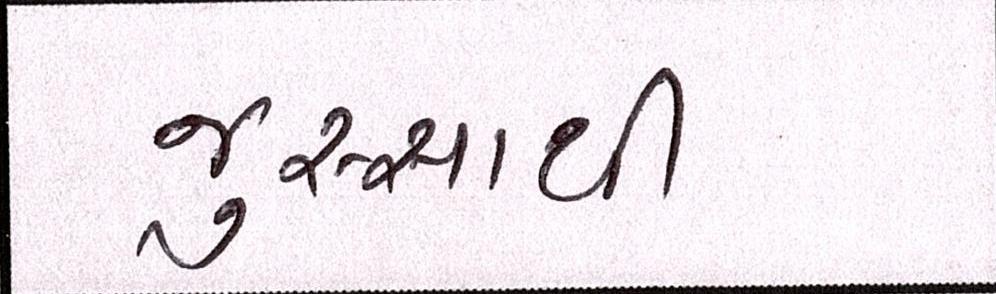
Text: જુસ્સાથી